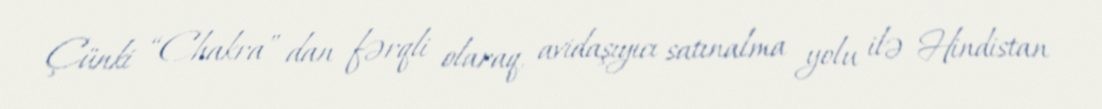
Çünki “Chakra” dan fərqli olaraq, avidaşıyıcı satınalma yolu ilə Hindistan